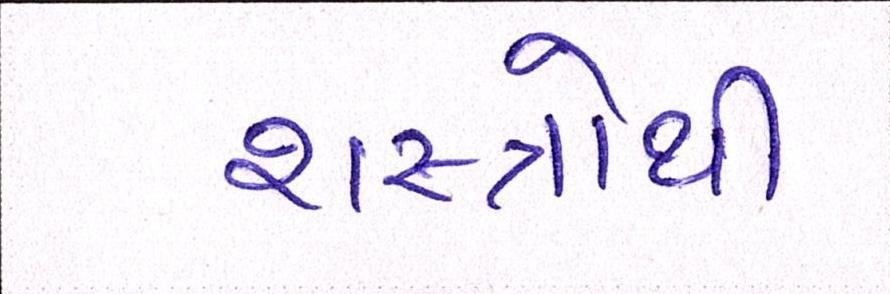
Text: શસ્ત્રોથી